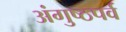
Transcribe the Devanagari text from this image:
अंगुष्ठपर्व